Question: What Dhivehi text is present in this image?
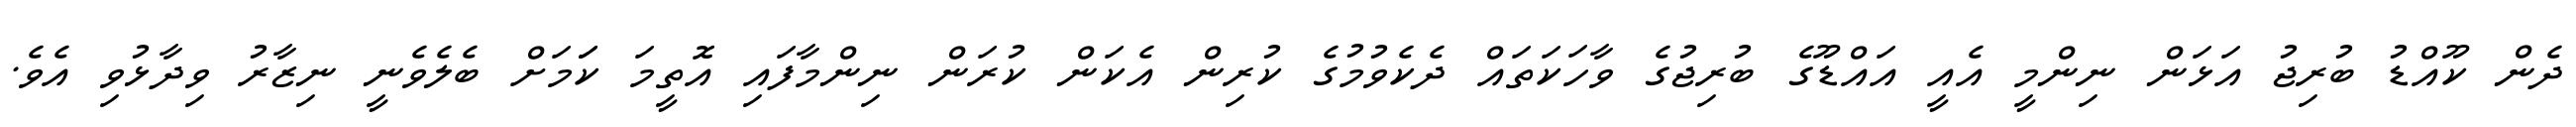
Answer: ދެން ކޫއްޑު ބުރިޖު އަޅަން ނިންމީ އެއީ އައްޑޫގެ ބުރިޖުގެ ވާހަކަތައް ދެކެވުމުގެ ކުރިން އެކަން ކުރަން ނިންމާފައި އޮތީމަ ކަަމަށް ބެލެވެނީ ނިޒާރު ވިދާޅުވި އެވެ.